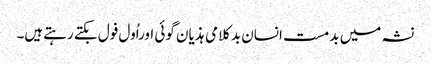
نشہ میں بدمست انسان بدکلامی ہذیان گوئی اوراُول فول بکتے رہتےہیں۔